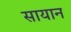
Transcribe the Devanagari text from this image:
सायान